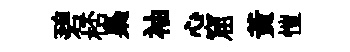
碧桮梟袖心窟黃愷